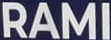
RAMI